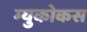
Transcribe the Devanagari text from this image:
म्युकोकस